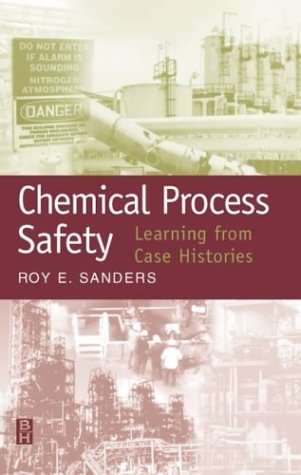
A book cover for Chemical Process Safety:  Learning from Case Histories, Second Edition; Roy E. Sanders; Science & Math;